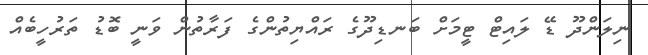
ނިލަންދޫ ޑޭ ލައިޓް ޓީމަށް ބަނޑިދޫގެ ރައްޔިތުންގެ ފަރާތުން ވަނީ ބޮޑު ތަރުހީބެއް